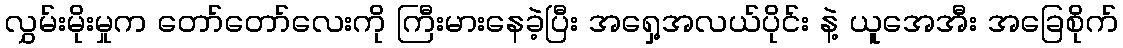
လွှမ်းမိုးမှုက တော်တော်လေးကို ကြီးမားနေခဲ့ပြီး အရှေ့အလယ်ပိုင်း နဲ့ ယူအေအီး အခြေစိုက်